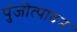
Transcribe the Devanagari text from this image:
पुंजोत्पादन